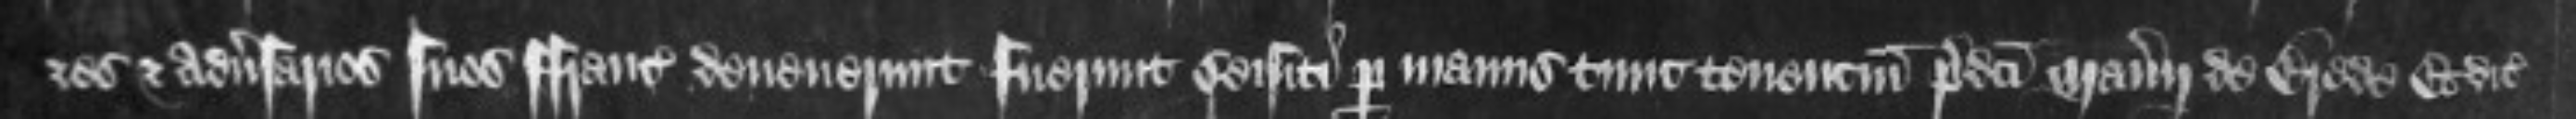
et adversarios suos Francie devenerunt fuerunt seisiti per manus tunc tenencium predicti manerii de Brede Et dicit